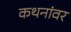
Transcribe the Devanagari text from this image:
कथनांवर